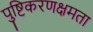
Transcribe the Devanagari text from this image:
पुष्टिकरणक्षमता